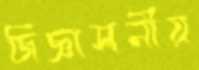
জিজ্ঞাসনীয়